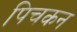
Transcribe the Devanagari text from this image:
पिचकन